Lunatic asylums United Provinces 1909-1921 - 1909-1921
Year: 1909
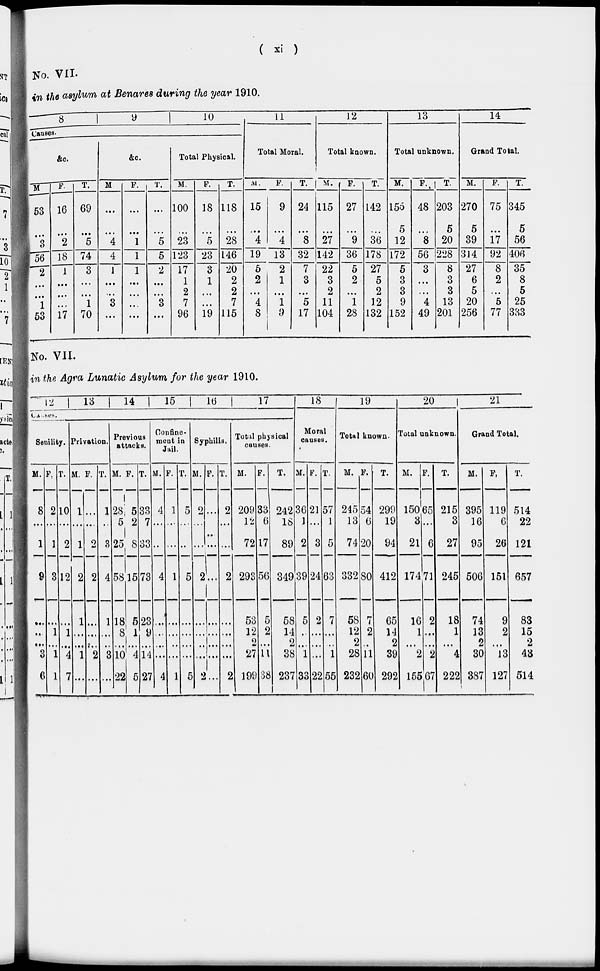
( xi )
No. VII.
in the asylum at Benares during the year 1910.
8
9
10
Causes.
&c.
M
53
...
3
56
2
...
...
1
53
F.
16
...
2
18
1
...
...
...
17
T.
69
...
5
74
3
...
...
1
70
&c.
M
...
...
4
4
J
...
...
3
...
F.
...
...
1
1
1
...
...
...
...
T.
...
...
5
5
2
...
...
3
...
Total Physical.
M.
100
...
23
123
17
1
2
7
96
F.
18
...
5
23
3
1
...
...
19
T.
118
...
28
146
20
2
2
7
115
11
Total Moral.
M.
15
...
4
19
5
2
...
4
8
F.
9
...
4
13
2
1
...
1
9
T.
24
...
8
32
7
3
...
5
17
12
Total known.
M.
115
...
27
142
22
3
2
11
104
F.
27
...
9
36
5
2
...
1
28
T.
142
...
36
178
27
5
2
12
132
13
Total unknown.
M.
156
5
12
172
5
3
3
9
152
F.
48
...
8
56
3
...
...
4
49
T.
203
5
20
228
8
3
3
13
201
14
Grand Total.
M.
270
5
39
314
27
6
5
20
256
F.
75
...
17
92
8
2
...
5
77
T.
345
5
56
406
35
8
5
25
333
No. VII.
in the Agra Lunatic Asylum for the year 1910.
12
13
14
15
16
17
Causes.
Senility.
M.
8
...
1
9
...
...
...
3
6
F.
2
...
1
3
...
1
...
1
1
T.
10
...
2
12
1
...
4
7
Privation.
M.
1
...
1
2
1
...
...
1
...
F.
...
...
2
2
...
...
...
2
...
T.
1
...
3
4
1
...
...
3
...
Previous
attacks.
M.
28
5
25
58
18
8
...
10
22
F.
5
2
8
15
5
1
...
4
5
T.
33
7
33
73
23
9
...
14
27
Confine-
ment in
Jail.
M.
4
...
...
4
...
...
...
...
4
F.
1
...
...
1
...
...
...
...
1
T.
5
...
...
5
...
...
...
...
5
Syphilis.
M.
2
...
...
2
...
...
...
...
2
F.
...
...
...
...
...
...
...
...
...
T.
2
...
...
2
...
...
...
...
2
Total physical
causes.
M.
209
12
72
293
53
12
2
27
199
F.
33
6
17
56
5
2
...
11
38
T.
242
18
89
349
58
14
2
38
237
18
Moral
causes.
M.
36
1
2
39
5
...
...
1
33
F.
21
...
3
24
2
...
...
...
22
T.
57
1
5
63
7
...
...
1
55
19
Total known.
M.
245
13
74
332
58
12
2
28
232
F.
54
6
20
80
7
2
...
11
60
T.
299
19
94
412
65
14
2
39
292
20
Total unknown.
M.
150
3
21
174
16
1
...
2
155
F.
65
...
6
71
2
...
...
2
67
T.
215
3
27
245
18
1
...
4
222
21
Grand Total.
M.
395
16
95
506
74
13
2
30
387
F.
119
6
26
151
9
2
...
13
127
T.
514
22
121
657
83
15
2
43
514